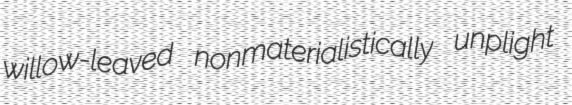
willow-leaved nonmaterialistically unplight